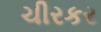
ચીરકર